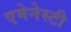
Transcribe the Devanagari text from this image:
एमेनेस्टी